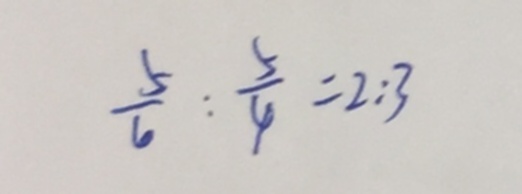
\frac { 5 } { 6 } : \frac { 5 } { 4 } = 2 : 3